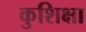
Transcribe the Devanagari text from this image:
कुशिक्षा